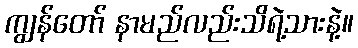
ကျွန်တော် နာမည်လည်းသိရဲ့သားနဲ့။